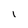
Character: I